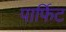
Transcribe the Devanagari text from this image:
पार्फिट